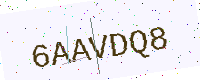
Text: 6AAVDQ8